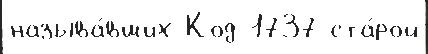
называ́вших Код 1737 ста́рой